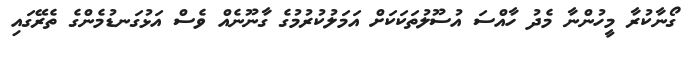
ގޯނާކުރާ މީހުންނާ މެދު ހާއްސަ އުސޫލުތަކަކަށް އަމަލުކުރުމުގެ ގާނޫނެއް ވެސް އަޅުގަނޑުމެންގެ ތެރޭގައި